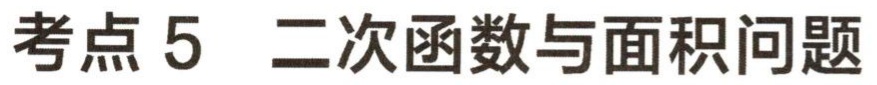
考点 5 二次函数与面积问题